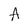
Character: A